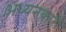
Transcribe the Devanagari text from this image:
अध्यनकारी